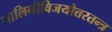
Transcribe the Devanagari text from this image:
मालिनीविजयोत्तरतन्त्र